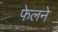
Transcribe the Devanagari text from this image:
फेलने